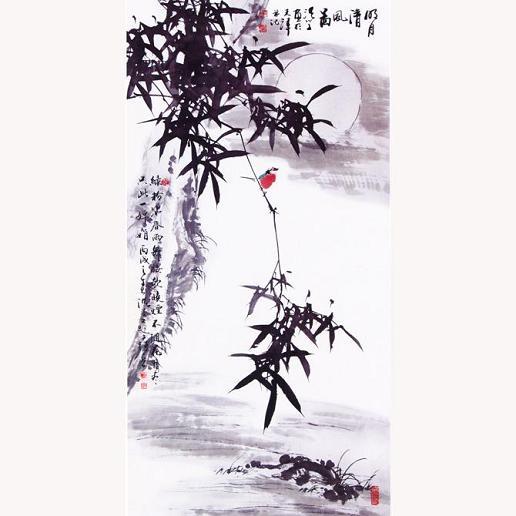
庭花蒙蒙水泠泠，小儿啼索树上莺。